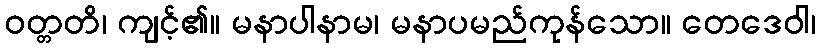
ဝတ္တတိ၊ ကျင့်၏။ မနာပါနာမ၊ မနာပမည်ကုန်သော။ တေဒေဝါ၊